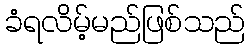
ခံရလိမ့်မည်ဖြစ်သည်